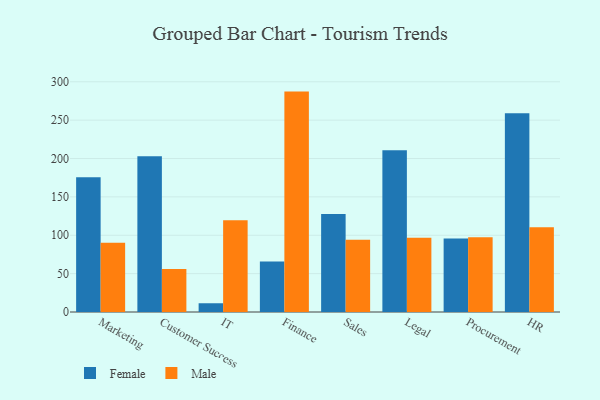
{"axis": {"x": "Department", "y": "Energy Usage (MWh)"}, "legend": ["Female", "Male"], "data": [{"x": "Marketing", "y": 175.5, "type": "Female"}, {"x": "Marketing", "y": 90.3, "type": "Male"}, {"x": "Customer Success", "y": 203.1, "type": "Female"}, {"x": "Customer Success", "y": 56.0, "type": "Male"}, {"x": "IT", "y": 11.4, "type": "Female"}, {"x": "IT", "y": 119.4, "type": "Male"}, {"x": "Finance", "y": 65.9, "type": "Female"}, {"x": "Finance", "y": 287.2, "type": "Male"}, {"x": "Sales", "y": 127.6, "type": "Female"}, {"x": "Sales", "y": 94.3, "type": "Male"}, {"x": "Legal", "y": 210.8, "type": "Female"}, {"x": "Legal", "y": 96.7, "type": "Male"}, {"x": "Procurement", "y": 95.9, "type": "Female"}, {"x": "Procurement", "y": 97.4, "type": "Male"}, {"x": "HR", "y": 259.0, "type": "Female"}, {"x": "HR", "y": 110.5, "type": "Male"}]}